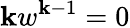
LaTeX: \mathbf{k}w^{\mathbf{k}-1}=0